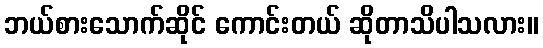
ဘယ်စားသောက်ဆိုင် ကောင်းတယ် ဆိုတာသိပါသလား။